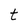
Character: t